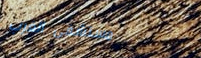
مستشفى الغرب